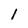
Character: 1